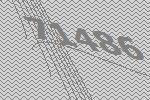
71486